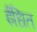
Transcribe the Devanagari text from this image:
ईंधित